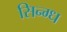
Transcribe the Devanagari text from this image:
सिन्ग्ध